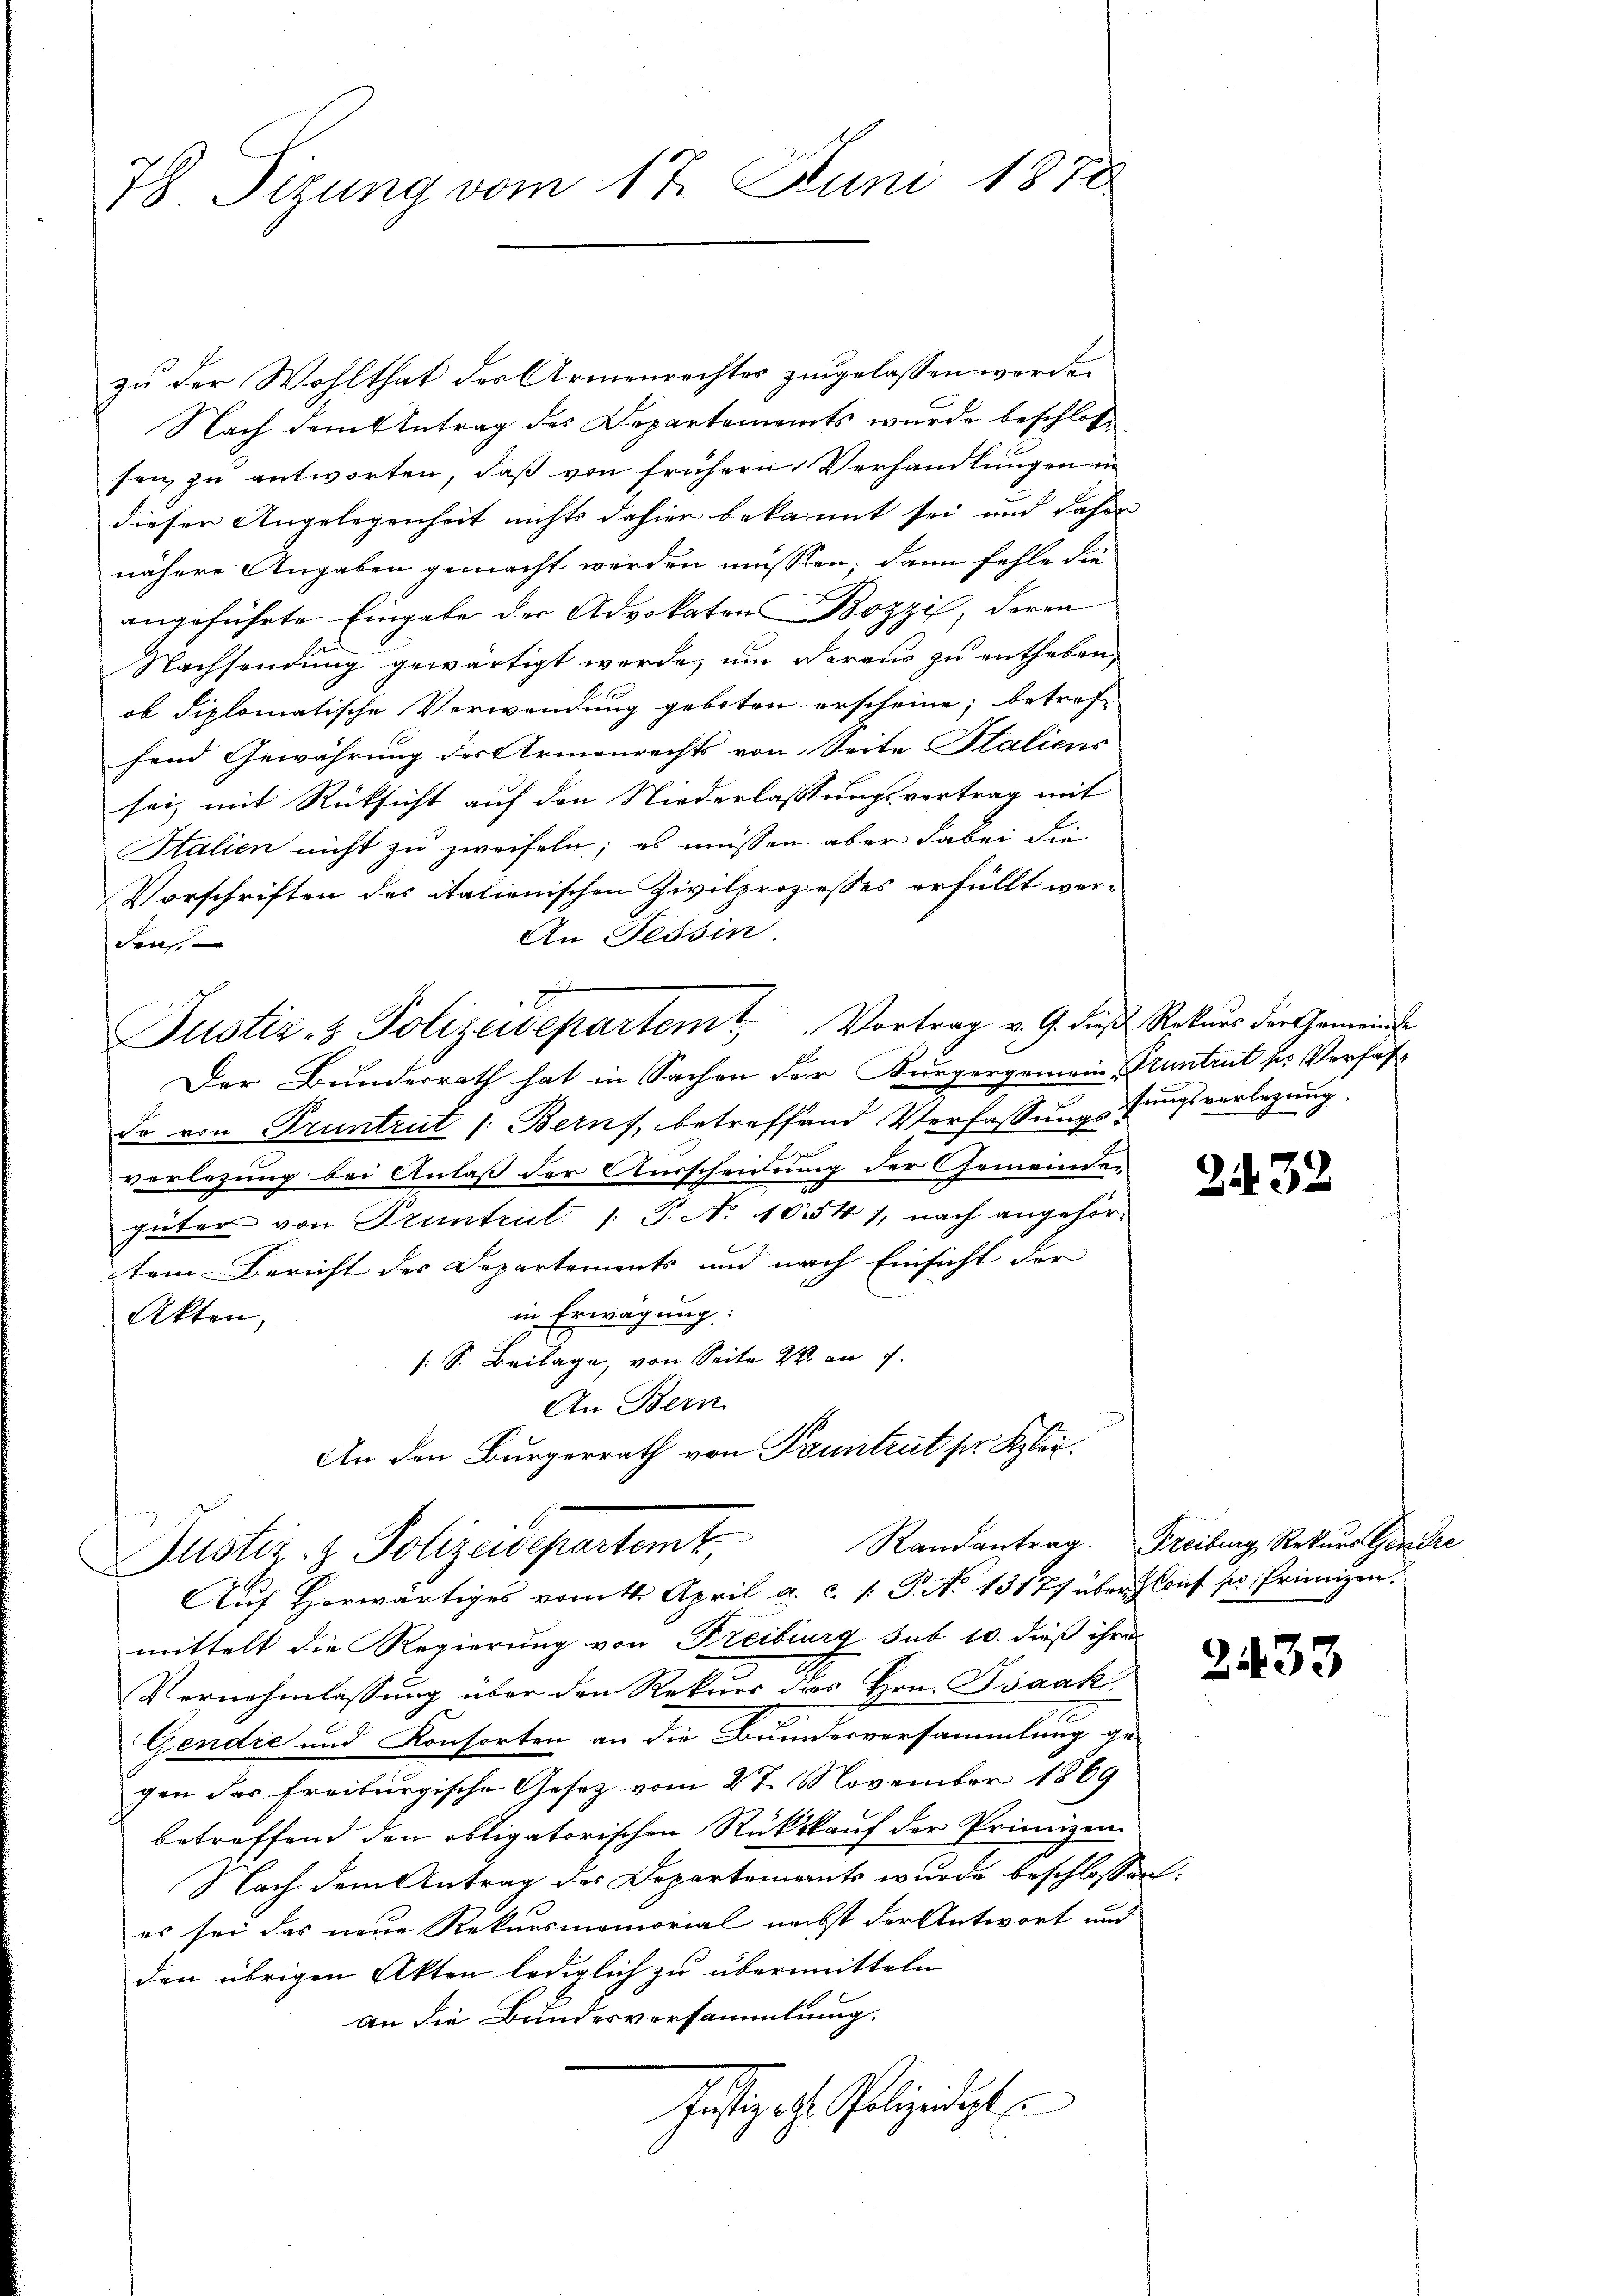
78 Sizung vom 17. Juni 1878

zu der Wohlthat des Armenrechtes zugelassen werde.
Nach dem Antrag des Departements wurde beschlossen, zu antworten, daß von frühern Verhandlungen in
dieser Angelegenheit nichts dahier bekannt sei und daher
nähere Angaben gemacht werden müssen; dann fehle die
angeführte Eingabe der Advokaten Bozzi, deren
Nachsendung gewärtigt werde, um daraus zu entheben,
ob diplomatische Verwendung geboten erscheine; betref-
fend Gewährung des Armenrechts von Seite Staliens
sei, mit Rücksicht auf den Niederlassungsvertrag mit
Stalien nicht zu zweifeln; es müssen aber dabei die
Vorschriften des itationischen Zivilprozesses erfüllt wer-
An Tessin.
den,
2
Pustiz- & Polizeidepartem Vortrag v. 9. die Rekŭrs der Gemeinde
Der Bunderrath hat in Sachen der Bürgergemein Pruntrut der Verfasdo von Pruntrut /: Berns, betreffend Verfassungstungsverlegung,
E
verlesung bei Anlaß der Ausscheidung der Gemeinden
güter von Pruntrut /: P. No 1054 1, nach angehörtem Bericht des Departements und nach Einsicht der
in Erwägung.
Akten,
[S. Beilage, von Seite 2. an
An Bern
An den Bürgerrath von Pruntrut ser Klei¬
Justiz- & Polizeidepartem Randantrag. Freiburg Rekurs Garder
Aŭf Horwärtiges vom 14. April a. c. /: P. No 13177 über Kons. pr. Primizen.
mittelt die Regierung von Freiburg sub 10. dieß ihre
Vernehmlassung über den Rekurs des Hrn. Isaak
Gendre und Konsorten an die Bundesversammlung ge-
gen das Freiburgische Gesetz vom 27. November 1869
betreffend den obligatorischen Rückkauf der Primizen
Nach dem Antrag des Departements wurde beschlossen:
es sei das neue Rekursmemorial nächst der Antwort und
den übrigen Akten lediglich zu übermitteln
an die Bundesversammlung.
Justiget. Polizeidigt

243

2433